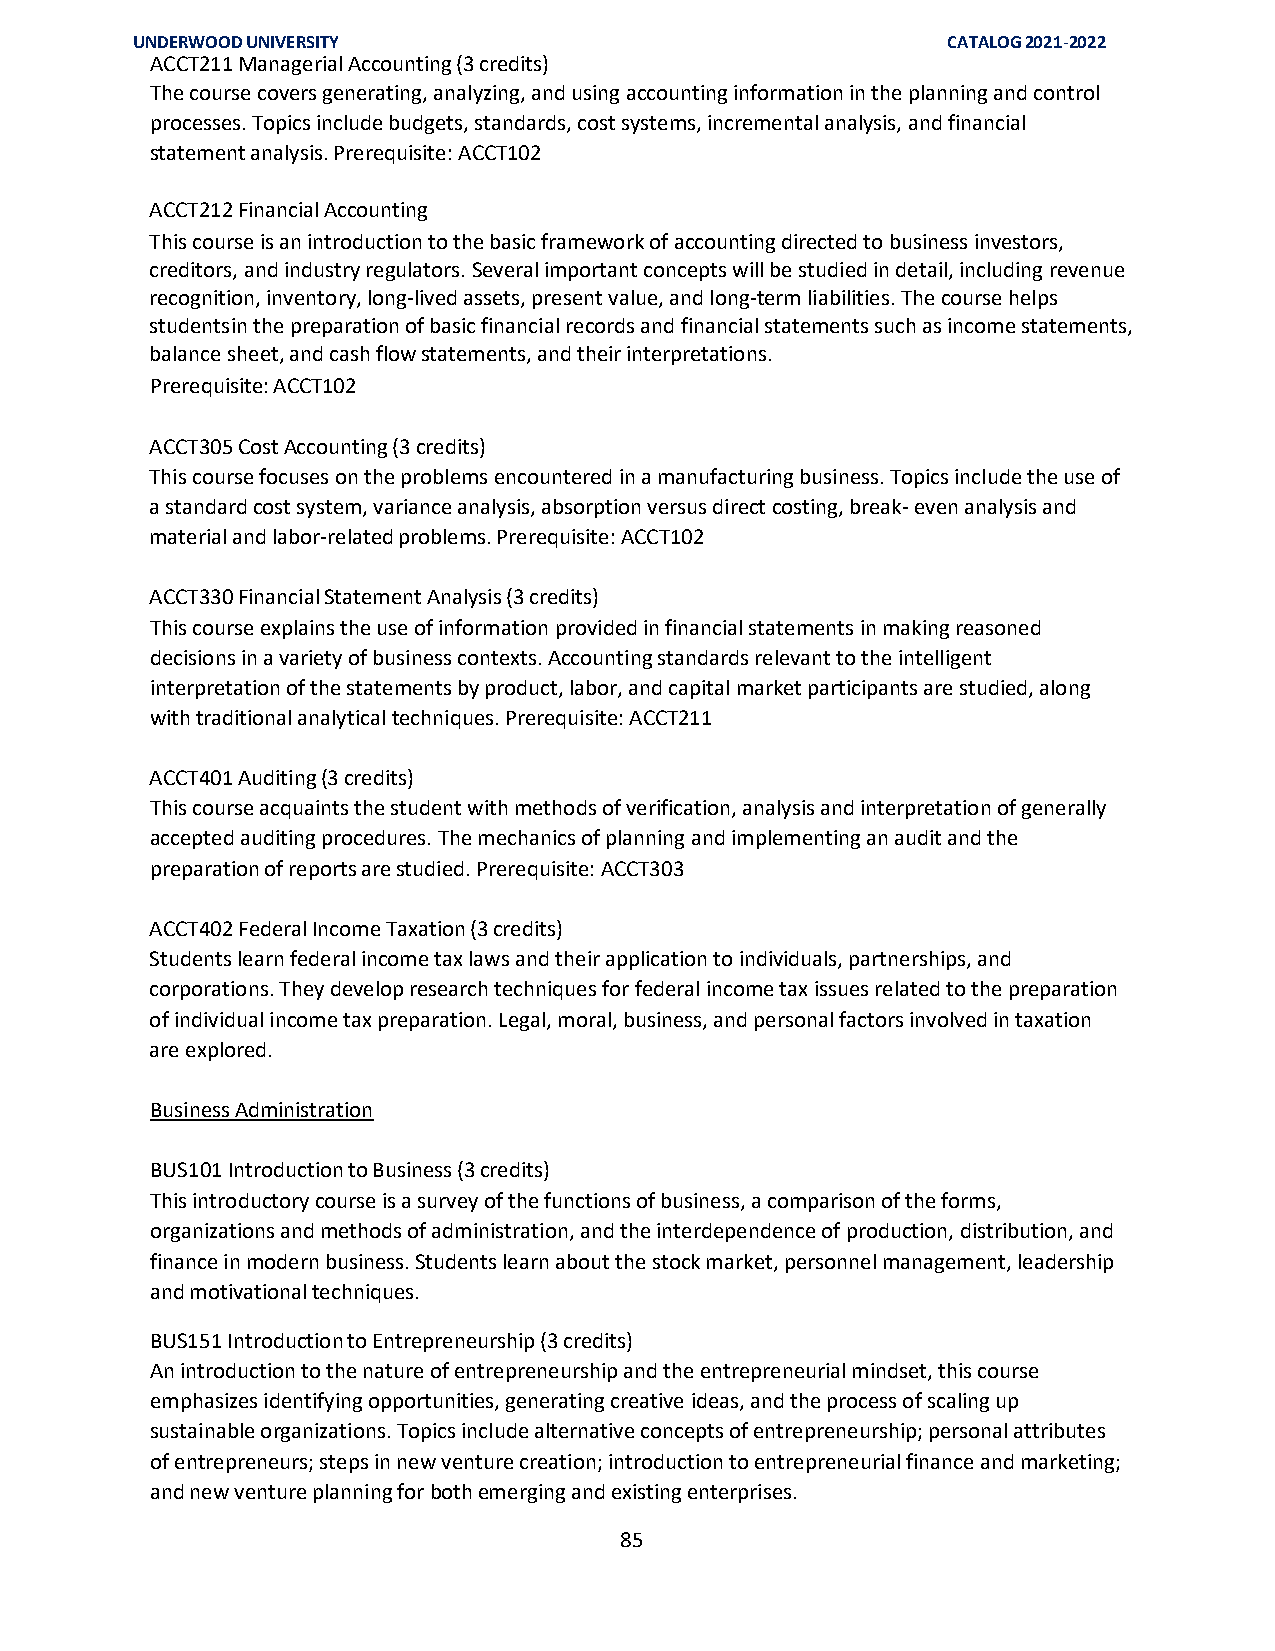
UNDERWOOD UNIVERSITY                                  CATALOG 2021-2022
 ACCT211 Managerial Accounting (3 credits)
 The course covers generating, analyzing, and using accounting information in the planning and control
 processes. Topics include budgets, standards, cost systems, incremental analysis, and financial
 statement analysis. Prerequisite: ACCT102
 ACCT212 Financial Accounting
 This course is an introduction to the basic framework of accounting directed to business investors,
 creditors, and industry regulators. Several important concepts will be studied in detail, including revenue
 recognition, inventory, long-lived assets, present value, and long-term liabilities. The course helps
 students in the preparation of basic financial records and financial statements such as income statements,
 balance sheet, and cash flow statements, and their interpretations.
 Prerequisite: ACCT102
 ACCT305 Cost Accounting (3 credits)
 This course focuses on the problems encountered in a manufacturing business. Topics include the use of
 a standard cost system, variance analysis, absorption versus direct costing, break- even analysis and
 material and labor-related problems. Prerequisite: ACCT102
 ACCT330 Financial Statement Analysis (3 credits)
 This course explains the use of information provided in financial statements in making reasoned
 decisions in a variety of business contexts. Accounting standards relevant to the intelligent
 interpretation of the statements by product, labor, and capital market participants are studied, along
 with traditional analytical techniques. Prerequisite: ACCT211
 ACCT401 Auditing (3 credits)
 This course acquaints the student with methods of verification, analysis and interpretation of generally
 accepted auditing procedures. The mechanics of planning and implementing an audit and the
 preparation of reports are studied. Prerequisite: ACCT303
 ACCT402 Federal Income Taxation (3 credits)
 Students learn federal income tax laws and their application to individuals, partnerships, and
 corporations. They develop research techniques for federal income tax issues related to the preparation
 of individual income tax preparation. Legal, moral, business, and personal factors involved in taxation
 are explored.
 Business Administration
 BUS101 Introduction to Business (3 credits)
 This introductory course is a survey of the functions of business, a comparison of the forms,
 organizations and methods of administration, and the interdependence of production, distribution, and
 finance in modern business. Students learn about the stock market, personnel management, leadership
 and motivational techniques.
 BUS151 Introduction to Entrepreneurship (3 credits)
 An introduction to the nature of entrepreneurship and the entrepreneurial mindset, this course
 emphasizes identifying opportunities, generating creative ideas, and the process of scaling up
 sustainable organizations. Topics include alternative concepts of entrepreneurship; personal attributes
 of entrepreneurs; steps in new venture creation; introduction to entrepreneurial finance and marketing;
 and new venture planning for both emerging and existing enterprises.
 85